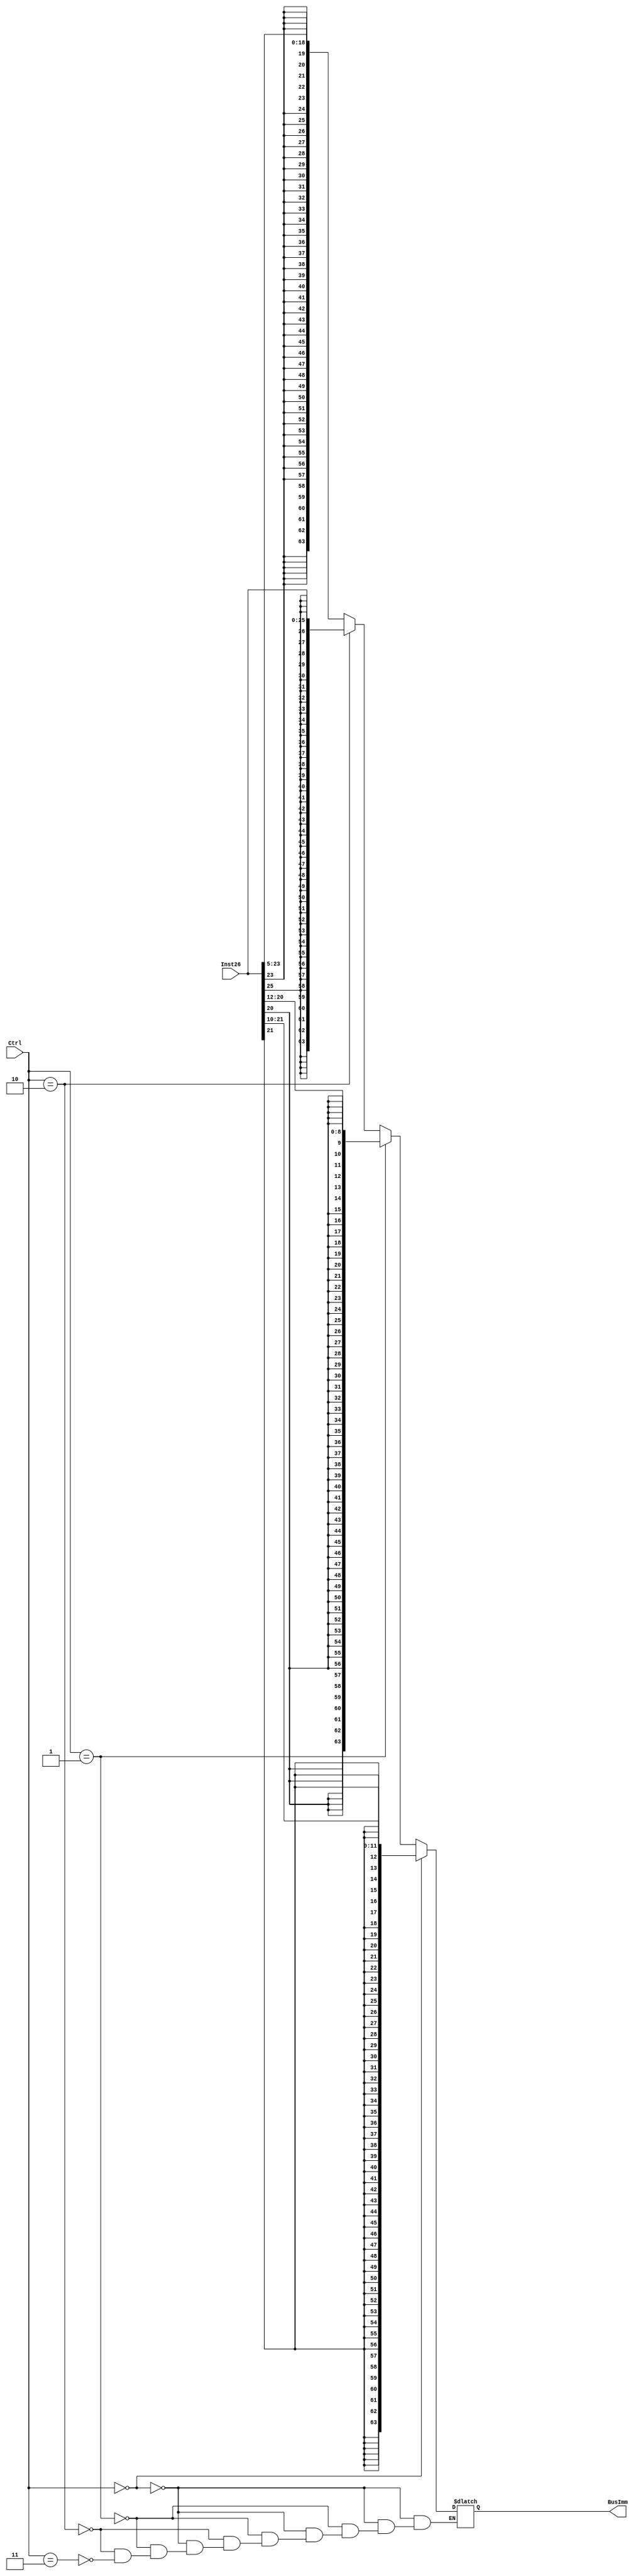
module SignExtender(BusImm, Inst26, Ctrl);
	output reg [63:0] BusImm;
	input [25:0] Inst26; 
	input [1:0] Ctrl; 

	reg extBit; 
//	assign extBit = (Ctrl ? 1'b0 : Inst26[25]); 
//	assign BusImm = {{26{extBit}}, Inst26}; 
always@(*)
	begin
	if (Ctrl == 2'b00) //I type
		begin
			extBit = Inst26[21];
			BusImm = {{52{extBit}}, Inst26[21:10]};
		end
	else if (Ctrl == 2'b01) //D type
		begin
			extBit = Inst26[20];
			BusImm = {{55{extBit}}, Inst26[20:12]};	
		end
	else if (Ctrl == 2'b10) //B
		begin
			extBit = Inst26[25];
			BusImm = {{38{extBit}}, Inst26};
		end
	else if (Ctrl == 2'b11) //CBZ
		begin
			extBit = Inst26[23];
			BusImm = {{45{extBit}}, Inst26[23:5]};
		end
//	else 
	end
endmodule